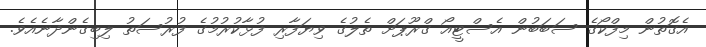
އެގޮތުން މިފްކޯގެ ސަބަބުން އެސްޓީއޯ ގްރޫޕަށް ތެލުގެ ވިޔަފާރި ފުޅާކުރުމުގެ ފުރުސަތު ލިބިގެންދާނެއެވެ.